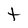
Character: T